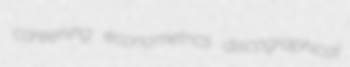
careening econometrics discographical